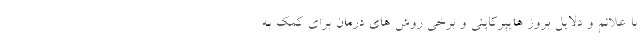
با علائم و دلایل بروز هایپرکاپنی و برخی روش های درمان برای کمک به